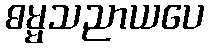
ဓမ္မသညာယပေ